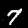
Digit: 7